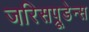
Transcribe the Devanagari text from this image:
जरिसप्रूडेन्स